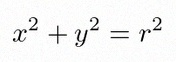
x^2+y^2=r^2